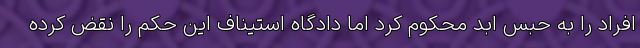
افراد را به حبس ابد محکوم کرد اما دادگاه استیناف این حکم را نقض کرده